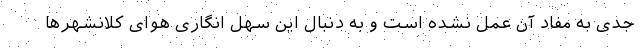
جدی به مفاد آن عمل نشده است و به دنبال این سهل انگاری هوای کلانشهر‌ها